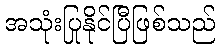
အသုံးပြုနိုင်ပြီဖြစ်သည်